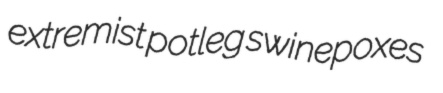
extremist potleg swinepoxes